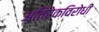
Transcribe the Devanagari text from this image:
अतिरेकविरोधी